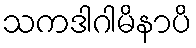
သကဒါဂါမိနာပိ